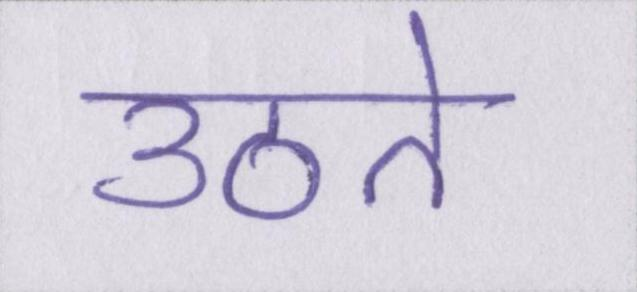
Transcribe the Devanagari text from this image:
उठते